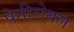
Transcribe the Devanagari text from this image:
पेनीरोयल